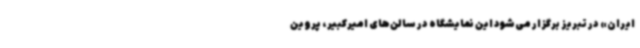
ایران» در تبریز برگزار می‌شود این نمایشگاه در سالن‌های امیرکبیر، پروین